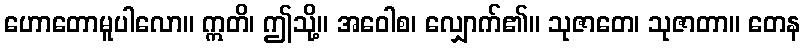
ဟောတောမူပါလော။ ဣတိ၊ ဤသို့။ အဝေါစ၊ လျှောက်၏။ သုဇာတေ၊ သုဇာတာ။ တေန